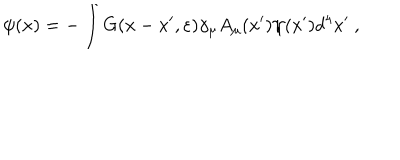
\psi ( x ) = - \int G ( x - x ^ { \prime } , \varepsilon ) \gamma _ { \mu } A _ { \mu } ( x ^ { \prime } ) \psi ( x ^ { \prime } ) d ^ { 4 } x ^ { \prime } ~ ,